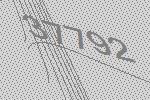
37792